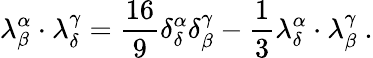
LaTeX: \lambda_{\beta}^{\alpha}\cdot\lambda_{\delta}^{\gamma}={\frac{16}{9}}\delta_{\delta}^{\alpha}\delta_{\beta}^{\gamma}-{\frac{1}{3}}\lambda_{\delta}^{\alpha}\cdot\lambda_{\beta}^{\gamma}~.